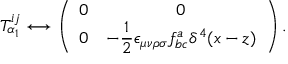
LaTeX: T _ { \alpha _ { 1 } } ^ { i j } \longleftrightarrow \left( \begin{array} { c c } { { 0 } } & { { 0 } } \\ { { 0 } } & { { { \displaystyle - \frac { 1 } { 2 } \epsilon _ { \mu \nu \rho \sigma } f _ { b c } ^ { a } \delta ^ { 4 } ( x - z ) } } } \end{array} \right) .